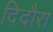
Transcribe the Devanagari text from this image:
दिदौरा